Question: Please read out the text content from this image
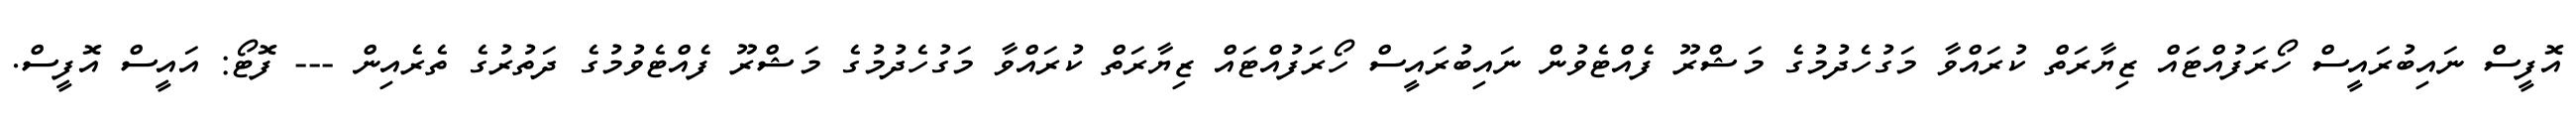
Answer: އޮފީސް ނައިބުރައީސް ހޯރަފުއްޓައް ޒިޔާރަތް ކުރައްވާ މަގުހެދުމުގެ މަޝްރޫ ފެއްޓެވުން ނައިބުރައީސް ހޯރަފުއްޓައް ޒިޔާރަތް ކުރައްވާ މަގުހެދުމުގެ މަޝްރޫ ފެއްޓެވުމުގެ ދަތުރުގެ ތެރެއިން --- ފޮޓޯ: އައީސް އޮފީސް.